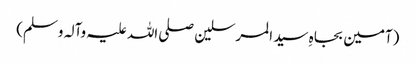
(آمین بجاہِ سید المرسلین صلی اللہ علیہ وآلہ وسلم)